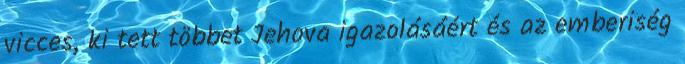
vicces, ki tett többet Jehova igazolásáért és az emberiség